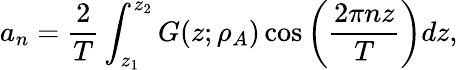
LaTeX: a_{n}=\frac{2}{T}\int_{z_{1}}^{z_{2}}G(z;\rho_{A})\cos{\bigg(\frac{2\pi nz}{T}\bigg)}dz,